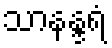
သာနန္ဒရံ